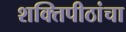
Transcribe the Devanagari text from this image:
शक्तिपीठांचा